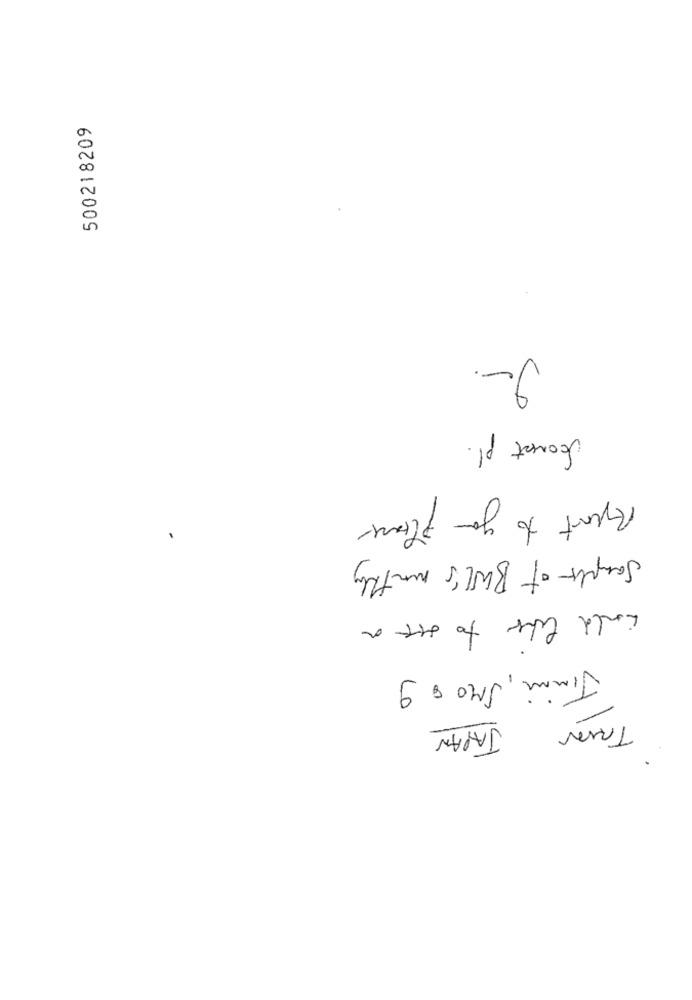
500218209
Sonst pl.
Report to you please
Sample of BULL's monthly
would like to off a
Jimmi, IMO $ 9
JAPAN